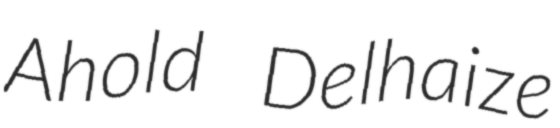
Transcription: Ahold Delhaize